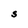
Character: S